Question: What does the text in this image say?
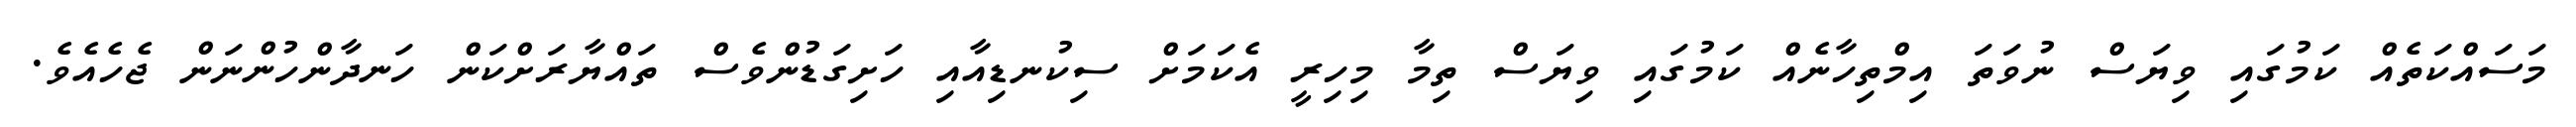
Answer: މަސައްކަތެއް ކަމުގައި ވިޔަސް ނުވަތަ އިމްތިހާނެއް ކަމުގައި ވިޔަސް ތިމާ މިހިރީ އެކަމަށް ސިކުނޑިއާއި ހަށިގަޑުންވެސް ތައްޔާރަށްކަން ހަނދާންހުންނަން ޖެހެއެވެ.